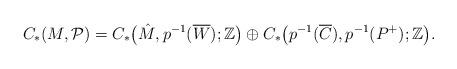
LaTeX: \begin{align*}C_*(M,\mathcal{P})=C_*\big(\hat M,p^{-1}(\overline{W});\mathbb{Z}\big)\oplus C_*\big(p^{-1}(\overline{C}),p^{-1}(P^+);\mathbb{Z}\big).\end{align*}